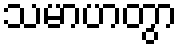
သမာဟတွာ